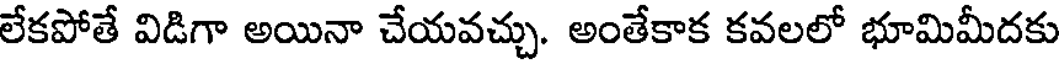
లేకపోతే విడిగా అయినా చేయవచ్చు. అంతేకాక కవలలో భూమిమీదకు